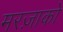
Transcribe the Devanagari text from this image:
मरज़ाको